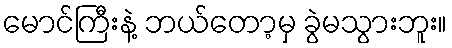
မောင်ကြီးနဲ့ ဘယ်တော့မှ ခွဲမသွားဘူး။